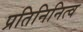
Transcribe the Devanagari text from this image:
प्रतिनिनित्व